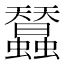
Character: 蠺